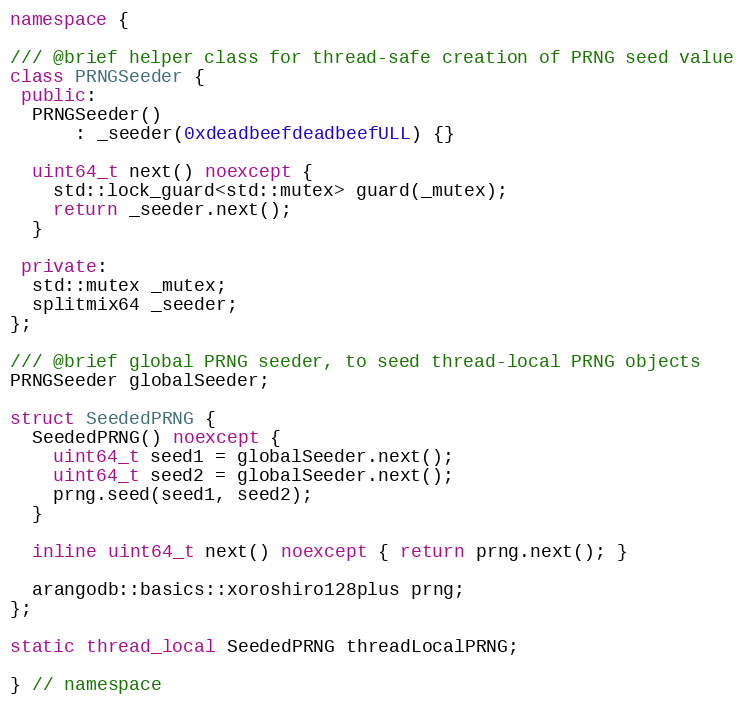
Language: C++
namespace {

/// @brief helper class for thread-safe creation of PRNG seed value
class PRNGSeeder {
 public:
  PRNGSeeder()
      : _seeder(0xdeadbeefdeadbeefULL) {}

  uint64_t next() noexcept {
    std::lock_guard<std::mutex> guard(_mutex);
    return _seeder.next();
  }

 private:
  std::mutex _mutex;
  splitmix64 _seeder;
};

/// @brief global PRNG seeder, to seed thread-local PRNG objects
PRNGSeeder globalSeeder;

struct SeededPRNG {
  SeededPRNG() noexcept {
    uint64_t seed1 = globalSeeder.next();
    uint64_t seed2 = globalSeeder.next();
    prng.seed(seed1, seed2);
  }

  inline uint64_t next() noexcept { return prng.next(); }

  arangodb::basics::xoroshiro128plus prng;
};

static thread_local SeededPRNG threadLocalPRNG;

} // namespace